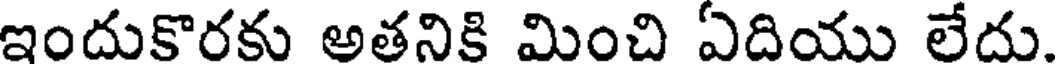
ఇందుకొరకు అతనికి మించి ఏదియు లేదు.